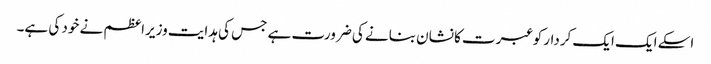
اسکے ایک ایک کردار کو عبرت کا نشان بنانے کی ضرورت ہے جس کی ہدایت وزیراعظم نے خود کی ہے۔